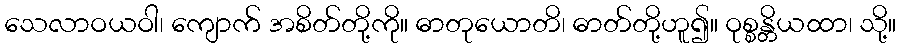
သေလာဝယဝါ၊ ကျောက် အစိတ်တို့ကို။ ဓာတုယောတိ၊ ဓာတ်တို့ဟူ၍။ ဝုစ္စန္တိယထာ၊ သို့။